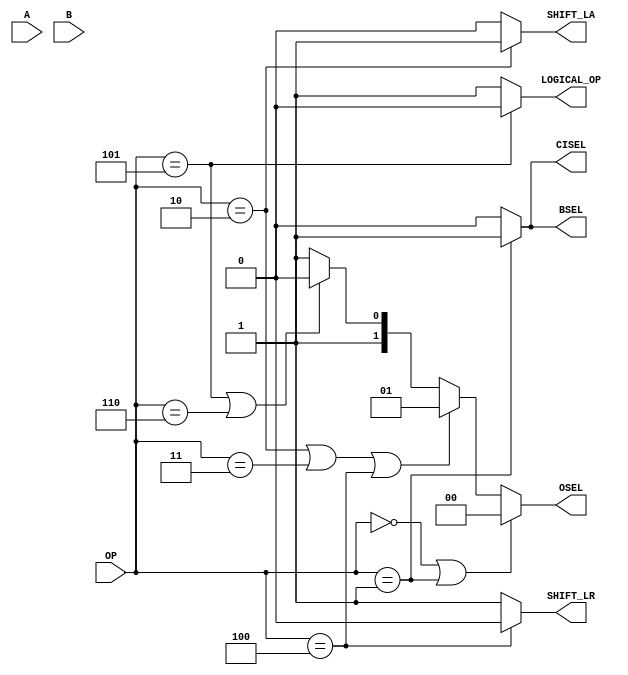
module control(OP, A, B, BSEL, CISEL, OSEL, SHIFT_LA, SHIFT_LR, LOGICAL_OP); // add other inputs and outputs here

  // inputs (add others here)
  input  [2:0]  OP;
  input [7:0] A;
  input [7:0] B;
  
  // outputs (add others here)
  output 		BSEL;
  output       CISEL;
  output [1:0]	OSEL;
  output			SHIFT_LA;
  output			SHIFT_LR;
  output			LOGICAL_OP;

  // reg and internal variable definitions
  
  
  // implement module here (add other control signals below)
  parameter ADD = 3'b000;
  parameter SUB = 3'b001;
  parameter SRA = 3'b010;
  parameter SRL = 3'b011;
  parameter SLL = 3'b100;
  parameter AND = 3'b101;
  parameter  OR = 3'b110;
  
  assign BSEL 	= (OP == SUB) ? 1'b1 : 1'b0;
  assign CISEL = (OP == SUB) ? 1'b1 : 1'b0;
  assign OSEL 	= (OP == ADD || OP == SUB) ? 2'b00 : (OP == SRA || OP == SRL || OP == SLL) ? 2'b01 : (OP == AND || OP == OR) ? 2'b10 : 2'b11;
  assign SHIFT_LA = (OP == SRA) ? 1'b1 : 1'b0;
  assign SHIFT_LR = (OP == SLL) ? 1'b0 : 1'b1;
  assign LOGICAL_OP = (OP == AND) ? 1'b0: 1'b1;
  
endmodule